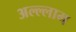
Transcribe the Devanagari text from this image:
अल्ल्लाम